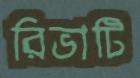
রিভাটি